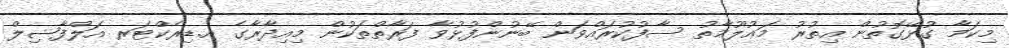
މިކަމާ ގުޅޭގޮތުން އިތުރު މަޢުލޫމާތު ސާފުކުރައްވަން ބޭނުންފުޅުވާ ފަރާތްތަކުން މިއިދާރާގެ އ.ޑިރެކްޓަރ އަލްފާޟިލް